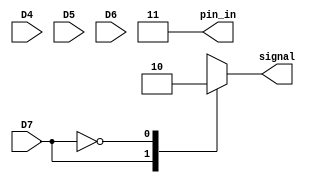
//////////////////////////////////////////////////////////////////////////////////
// Company: 
// Engineer: 
// 
// Design Name: 
// Module Name: input_ports
// Project Name: 
// Target Devices: 
// Tool Versions: 
// Description: 
// 
// Dependencies: 
// 
// Revision:
// Revision 0.01 - File Created
// Additional Comments:
// 
//////////////////////////////////////////////////////////////////////////////////


module input_ports(input D4,D5,D6,D7,output reg signal, output reg [1:0]pin_in);
always@*
begin
    case(D4)
        1'b1:
            begin
                pin_in<=2'b00;
                signal<=1;
            end
        1'b0:
            begin
                pin_in<=2'b00;
                signal<=0;
            end
    endcase
    case(D5)
        1'b1:
            begin
                pin_in<=2'b01;
                signal<=1;
            end
        1'b0:
            begin
                pin_in<=2'b01;
                signal<=0;
            end
    endcase
    case(D6)
        1'b1:
            begin
                pin_in<=2'b10;
                signal<=1;
            end
        1'b0:
            begin
                pin_in<=2'b10;
                signal<=0;
            end
    endcase
    case(D7)
        1'b1:
            begin
                pin_in<=2'b11;
                signal<=1;
            end
        1'b0:
            begin
                pin_in<=2'b11;
                signal<=0;
            end
    endcase
        
end
endmodule